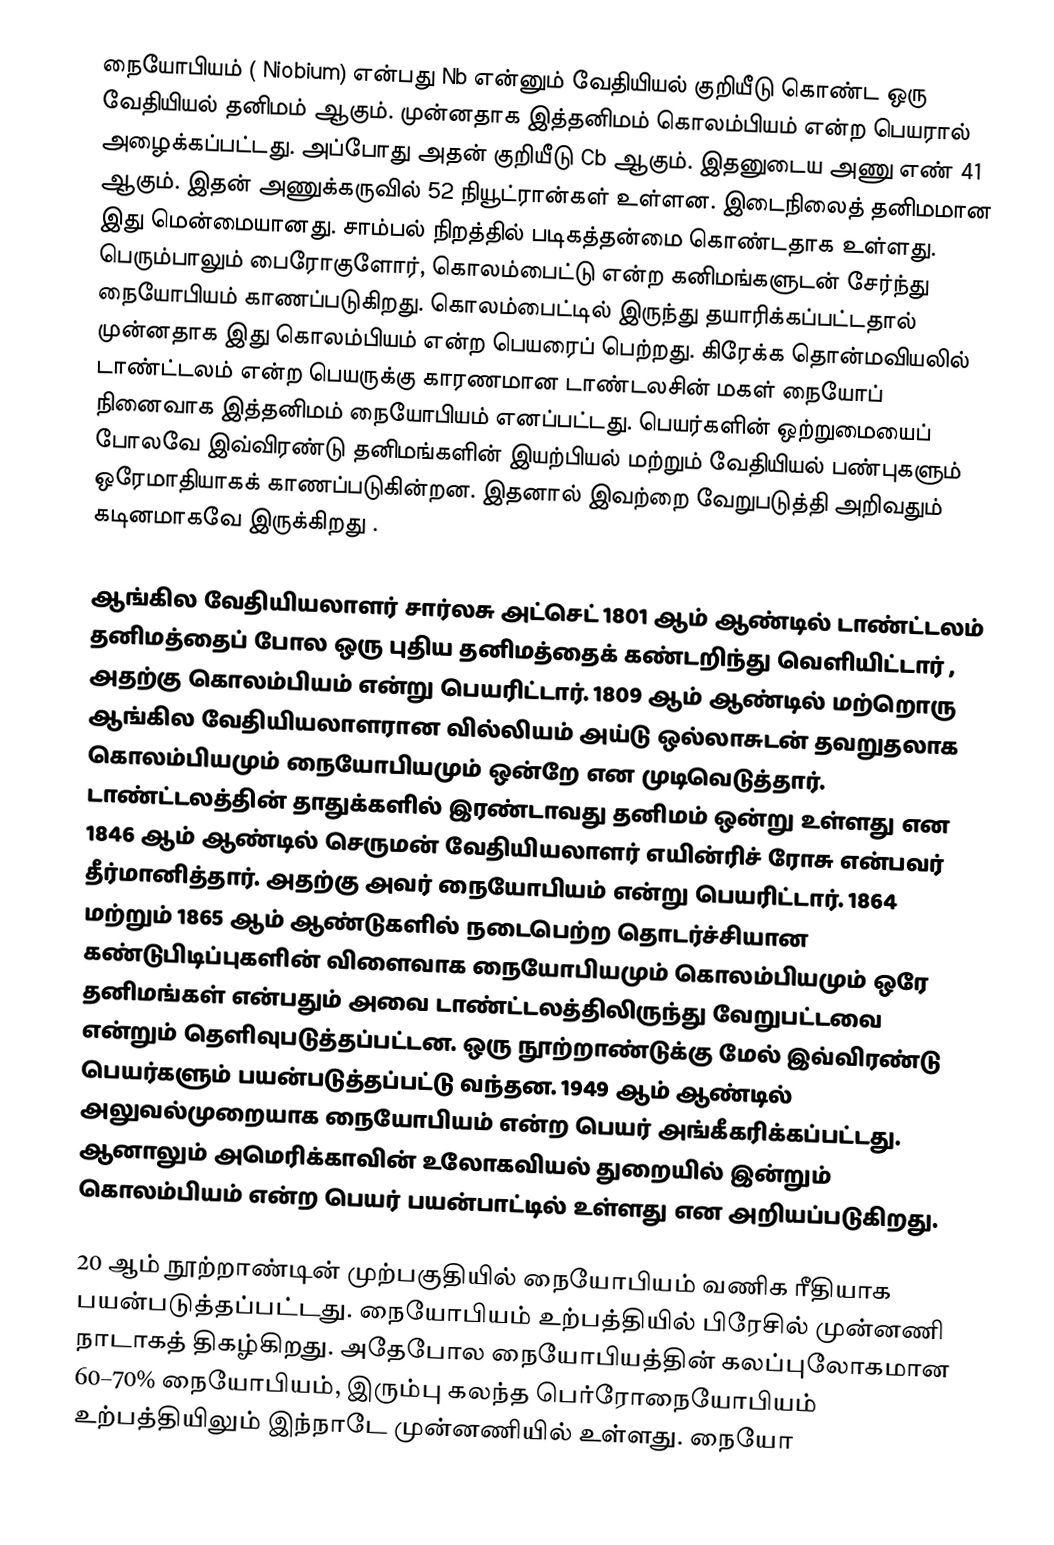
நையோபியம் ( Niobium) என்பது Nb என்னும் வேதியியல் குறியீடு கொண்ட ஒரு வேதியியல் தனிமம் ஆகும். முன்னதாக இத்தனிமம் கொலம்பியம் என்ற பெயரால் அழைக்கப்பட்டது. அப்போது அதன் குறியீடு Cb ஆகும். இதனுடைய அணு எண் 41 ஆகும். இதன் அணுக்கருவில் 52 நியூட்ரான்கள் உள்ளன. இடைநிலைத் தனிமமான இது மென்மையானது. சாம்பல் நிறத்தில் படிகத்தன்மை கொண்டதாக உள்ளது. பெரும்பாலும் பைரோகுளோர், கொலம்பைட்டு என்ற கனிமங்களுடன் சேர்ந்து நையோபியம் காணப்படுகிறது. கொலம்பைட்டில் இருந்து தயாரிக்கப்பட்டதால் முன்னதாக இது கொலம்பியம் என்ற பெயரைப் பெற்றது. கிரேக்க தொன்மவியலில் டாண்ட்டலம் என்ற பெயருக்கு காரணமான டாண்டலசின் மகள் நையோப் நினைவாக இத்தனிமம் நையோபியம் எனப்பட்டது. பெயர்களின் ஒற்றுமையைப் போலவே இவ்விரண்டு தனிமங்களின் இயற்பியல் மற்றும் வேதியியல் பண்புகளும் ஒரேமாதியாகக் காணப்படுகின்றன. இதனால் இவற்றை வேறுபடுத்தி அறிவதும் கடினமாகவே இருக்கிறது .

ஆங்கில வேதியியலாளர் சார்லசு அட்செட் 1801 ஆம் ஆண்டில் டாண்ட்டலம் தனிமத்தைப் போல ஒரு புதிய தனிமத்தைக் கண்டறிந்து வெளியிட்டார் , அதற்கு கொலம்பியம் என்று பெயரிட்டார். 1809 ஆம் ஆண்டில் மற்றொரு ஆங்கில வேதியியலாளரான வில்லியம் அய்டு ஒல்லாசுடன்  தவறுதலாக கொலம்பியமும் நையோபியமும் ஒன்றே என முடிவெடுத்தார். டாண்ட்டலத்தின் தாதுக்களில்  இரண்டாவது தனிமம் ஒன்று உள்ளது என 1846 ஆம் ஆண்டில் செருமன் வேதியியலாளர் எயின்ரிச் ரோசு என்பவர் தீர்மானித்தார். அதற்கு அவர் நையோபியம் என்று பெயரிட்டார். 1864 மற்றும் 1865 ஆம் ஆண்டுகளில் நடைபெற்ற தொடர்ச்சியான கண்டுபிடிப்புகளின் விளைவாக நையோபியமும் கொலம்பியமும் ஒரே தனிமங்கள் என்பதும் அவை டாண்ட்டலத்திலிருந்து வேறுபட்டவை என்றும் தெளிவுபடுத்தப்பட்டன. ஒரு நூற்றாண்டுக்கு மேல் இவ்விரண்டு பெயர்களும் பயன்படுத்தப்பட்டு வந்தன. 1949 ஆம் ஆண்டில் அலுவல்முறையாக நையோபியம் என்ற பெயர் அங்கீகரிக்கப்பட்டது. ஆனாலும் அமெரிக்காவின் உலோகவியல் துறையில் இன்றும் கொலம்பியம் என்ற பெயர் பயன்பாட்டில் உள்ளது என அறியப்படுகிறது.

20 ஆம் நூற்றாண்டின் முற்பகுதியில் நையோபியம்  வணிக ரீதியாக பயன்படுத்தப்பட்டது. நையோபியம் உற்பத்தியில் பிரேசில் முன்னணி நாடாகத் திகழ்கிறது. அதேபோல நையோபியத்தின் கலப்புலோகமான 60–70% நையோபியம், இரும்பு கலந்த பெர்ரோநையோபியம் உற்பத்தியிலும் இந்நாடே முன்னணியில் உள்ளது. நையோ